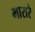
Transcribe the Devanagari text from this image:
भारारे